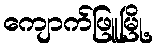
ကျောက်ဖြူမြို့